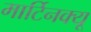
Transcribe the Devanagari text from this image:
मार्टिनक्यू